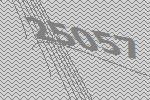
25057